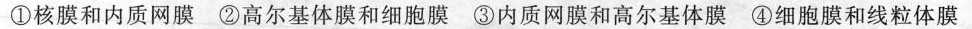
①核膜和内质网膜②高尔基体膜和细胞膜③内质网膜和高尔基体膜④细胞膜和线粒体膜